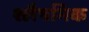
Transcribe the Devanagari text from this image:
श्लैषमिक